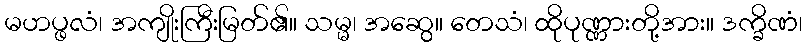
မဟပ္ဖလံ၊ အကျိုးကြီးမြတ်၏။ သမ္မ၊ အဆွေ။ တေသံ၊ ထိုပုဏ္ဏားတို့အား။ ဒက္ခိဏံ၊